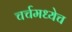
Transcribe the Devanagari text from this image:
चर्चमध्येच